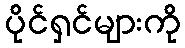
ပိုင်ရှင်များကို